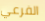
الفرعي